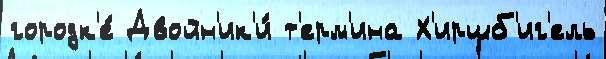
городк'е́ Двойн'ик'и́ т'ерм'ина Х'иршб'иг'ель